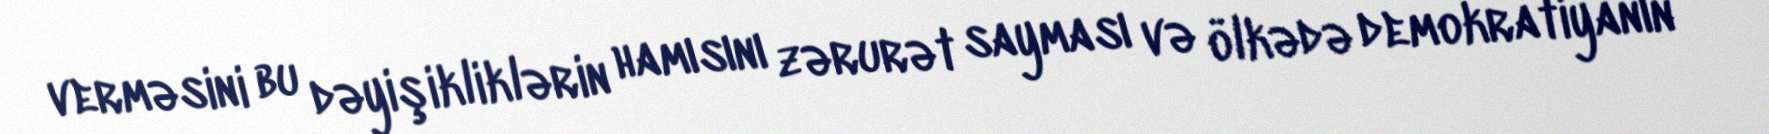
verməsini bu dəyişikliklərin hamısını zərurət sayması və ölkədə demokratiyanın